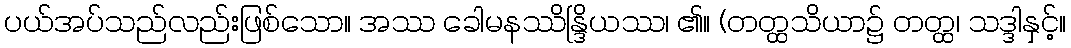
ပယ်အပ်သည်လည်းဖြစ်သော။ အဿ ခေါမနဿိန္ဒြိယဿ၊ ၏။ (တတ္ထသိယာ၌ တတ္ထ၊ သဒ္ဒါနှင့်။